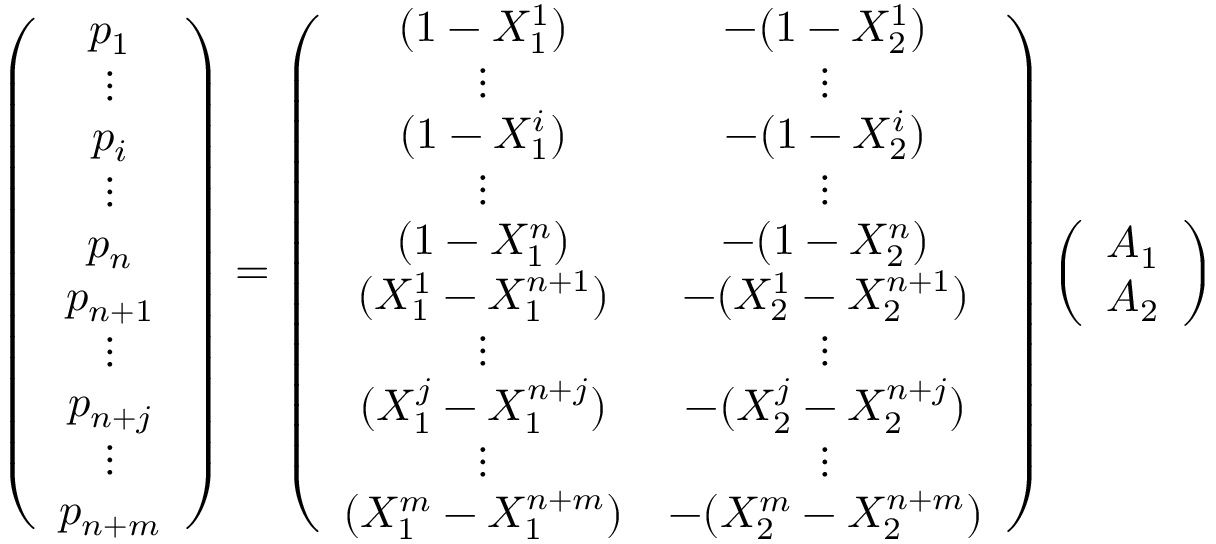
\left( \begin{array} { c } { p _ { 1 } } \\ { \vdots } \\ { p _ { i } } \\ { \vdots } \\ { p _ { n } } \\ { p _ { n + 1 } } \\ { \vdots } \\ { p _ { n + j } } \\ { \vdots } \\ { p _ { n + m } } \end{array} \right) = \left( \begin{array} { c c } { ( 1 - X _ { 1 } ^ { 1 } ) } & { - ( 1 - X _ { 2 } ^ { 1 } ) } \\ { \vdots } & { \vdots } \\ { ( 1 - X _ { 1 } ^ { i } ) } & { - ( 1 - X _ { 2 } ^ { i } ) } \\ { \vdots } & { \vdots } \\ { ( 1 - X _ { 1 } ^ { n } ) } & { - ( 1 - X _ { 2 } ^ { n } ) } \\ { ( X _ { 1 } ^ { 1 } - X _ { 1 } ^ { n + 1 } ) } & { - ( X _ { 2 } ^ { 1 } - X _ { 2 } ^ { n + 1 } ) } \\ { \vdots } & { \vdots } \\ { ( X _ { 1 } ^ { j } - X _ { 1 } ^ { n + j } ) } & { - ( X _ { 2 } ^ { j } - X _ { 2 } ^ { n + j } ) } \\ { \vdots } & { \vdots } \\ { ( X _ { 1 } ^ { m } - X _ { 1 } ^ { n + m } ) } & { - ( X _ { 2 } ^ { m } - X _ { 2 } ^ { n + m } ) } \end{array} \right) \left( \begin{array} { c } { A _ { 1 } } \\ { A _ { 2 } } \end{array} \right)